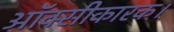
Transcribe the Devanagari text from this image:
ऑक्सीकारक।